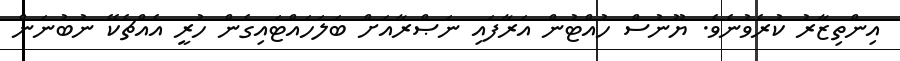
އިންތިޒާރު ކުރެވުނެވެ. ޔޫނުސް ހުއްޓުން އަރާފައި ނަޞްރާއަށް ބަލަހައްޓައިގެން ހުރީ އެއްޗެކޭ ނުބުނަން